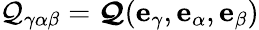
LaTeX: \mathcal{Q}_{\gamma\alpha\beta}=\boldsymbol{\mathcal{Q}}(\mathbf{e}_{\gamma},\mathbf{e}_{\alpha},\mathbf{e}_{\beta})